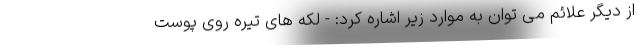
از دیگر علائم می توان به موارد زیر اشاره کرد: - لکه های تیره روی پوست